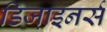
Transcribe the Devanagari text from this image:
डिजा़इनर्स